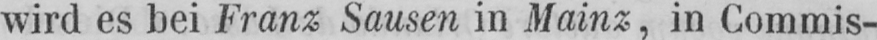
wird es bei Franz Sausen in Mainz, in Commis-